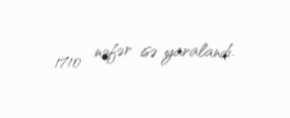
1710 nəfər isə yaralandı.